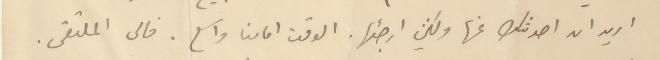
اريد ان احدثك عنها ولكن ارجئها. الوقت امامنا واسع. فالى الملتقى.